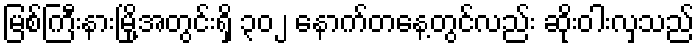
မြစ်ကြီးနားမြို့အတွင်းရှိ ၃၀၂ နောက်တနေ့တွင်လည်း ဆိုးဝါးလှသည်